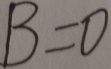
B = 0